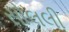
સોલલી